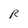
Character: R